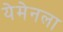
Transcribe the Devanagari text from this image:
येमेनला